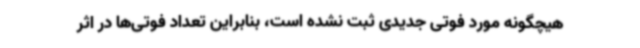
هیچگونه مورد فوتی جدیدی ثبت نشده است، بنابراین تعداد فوتی‌ها در اثر